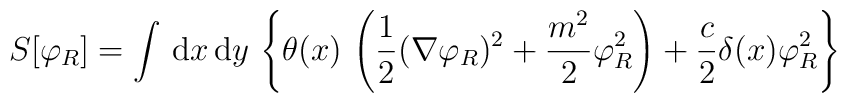
S[\varphi_R]=\int\,{\mbox d}x\,{\mbox d}y\,\left\{\theta(x)\,\left(\frac{1}{2}(\nabla\varphi_R)^2+\frac{m^2}{2}\varphi_R^2\right) +\frac{c}{2}\delta(x)\varphi_R^2\right\}